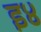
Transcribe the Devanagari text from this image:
इ४